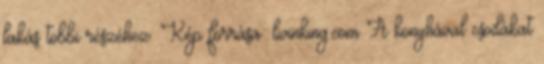
lakás többi részéhez. Kép forrása: livinking.com A konyhával csodákat